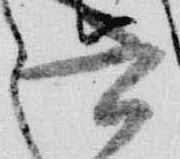
書